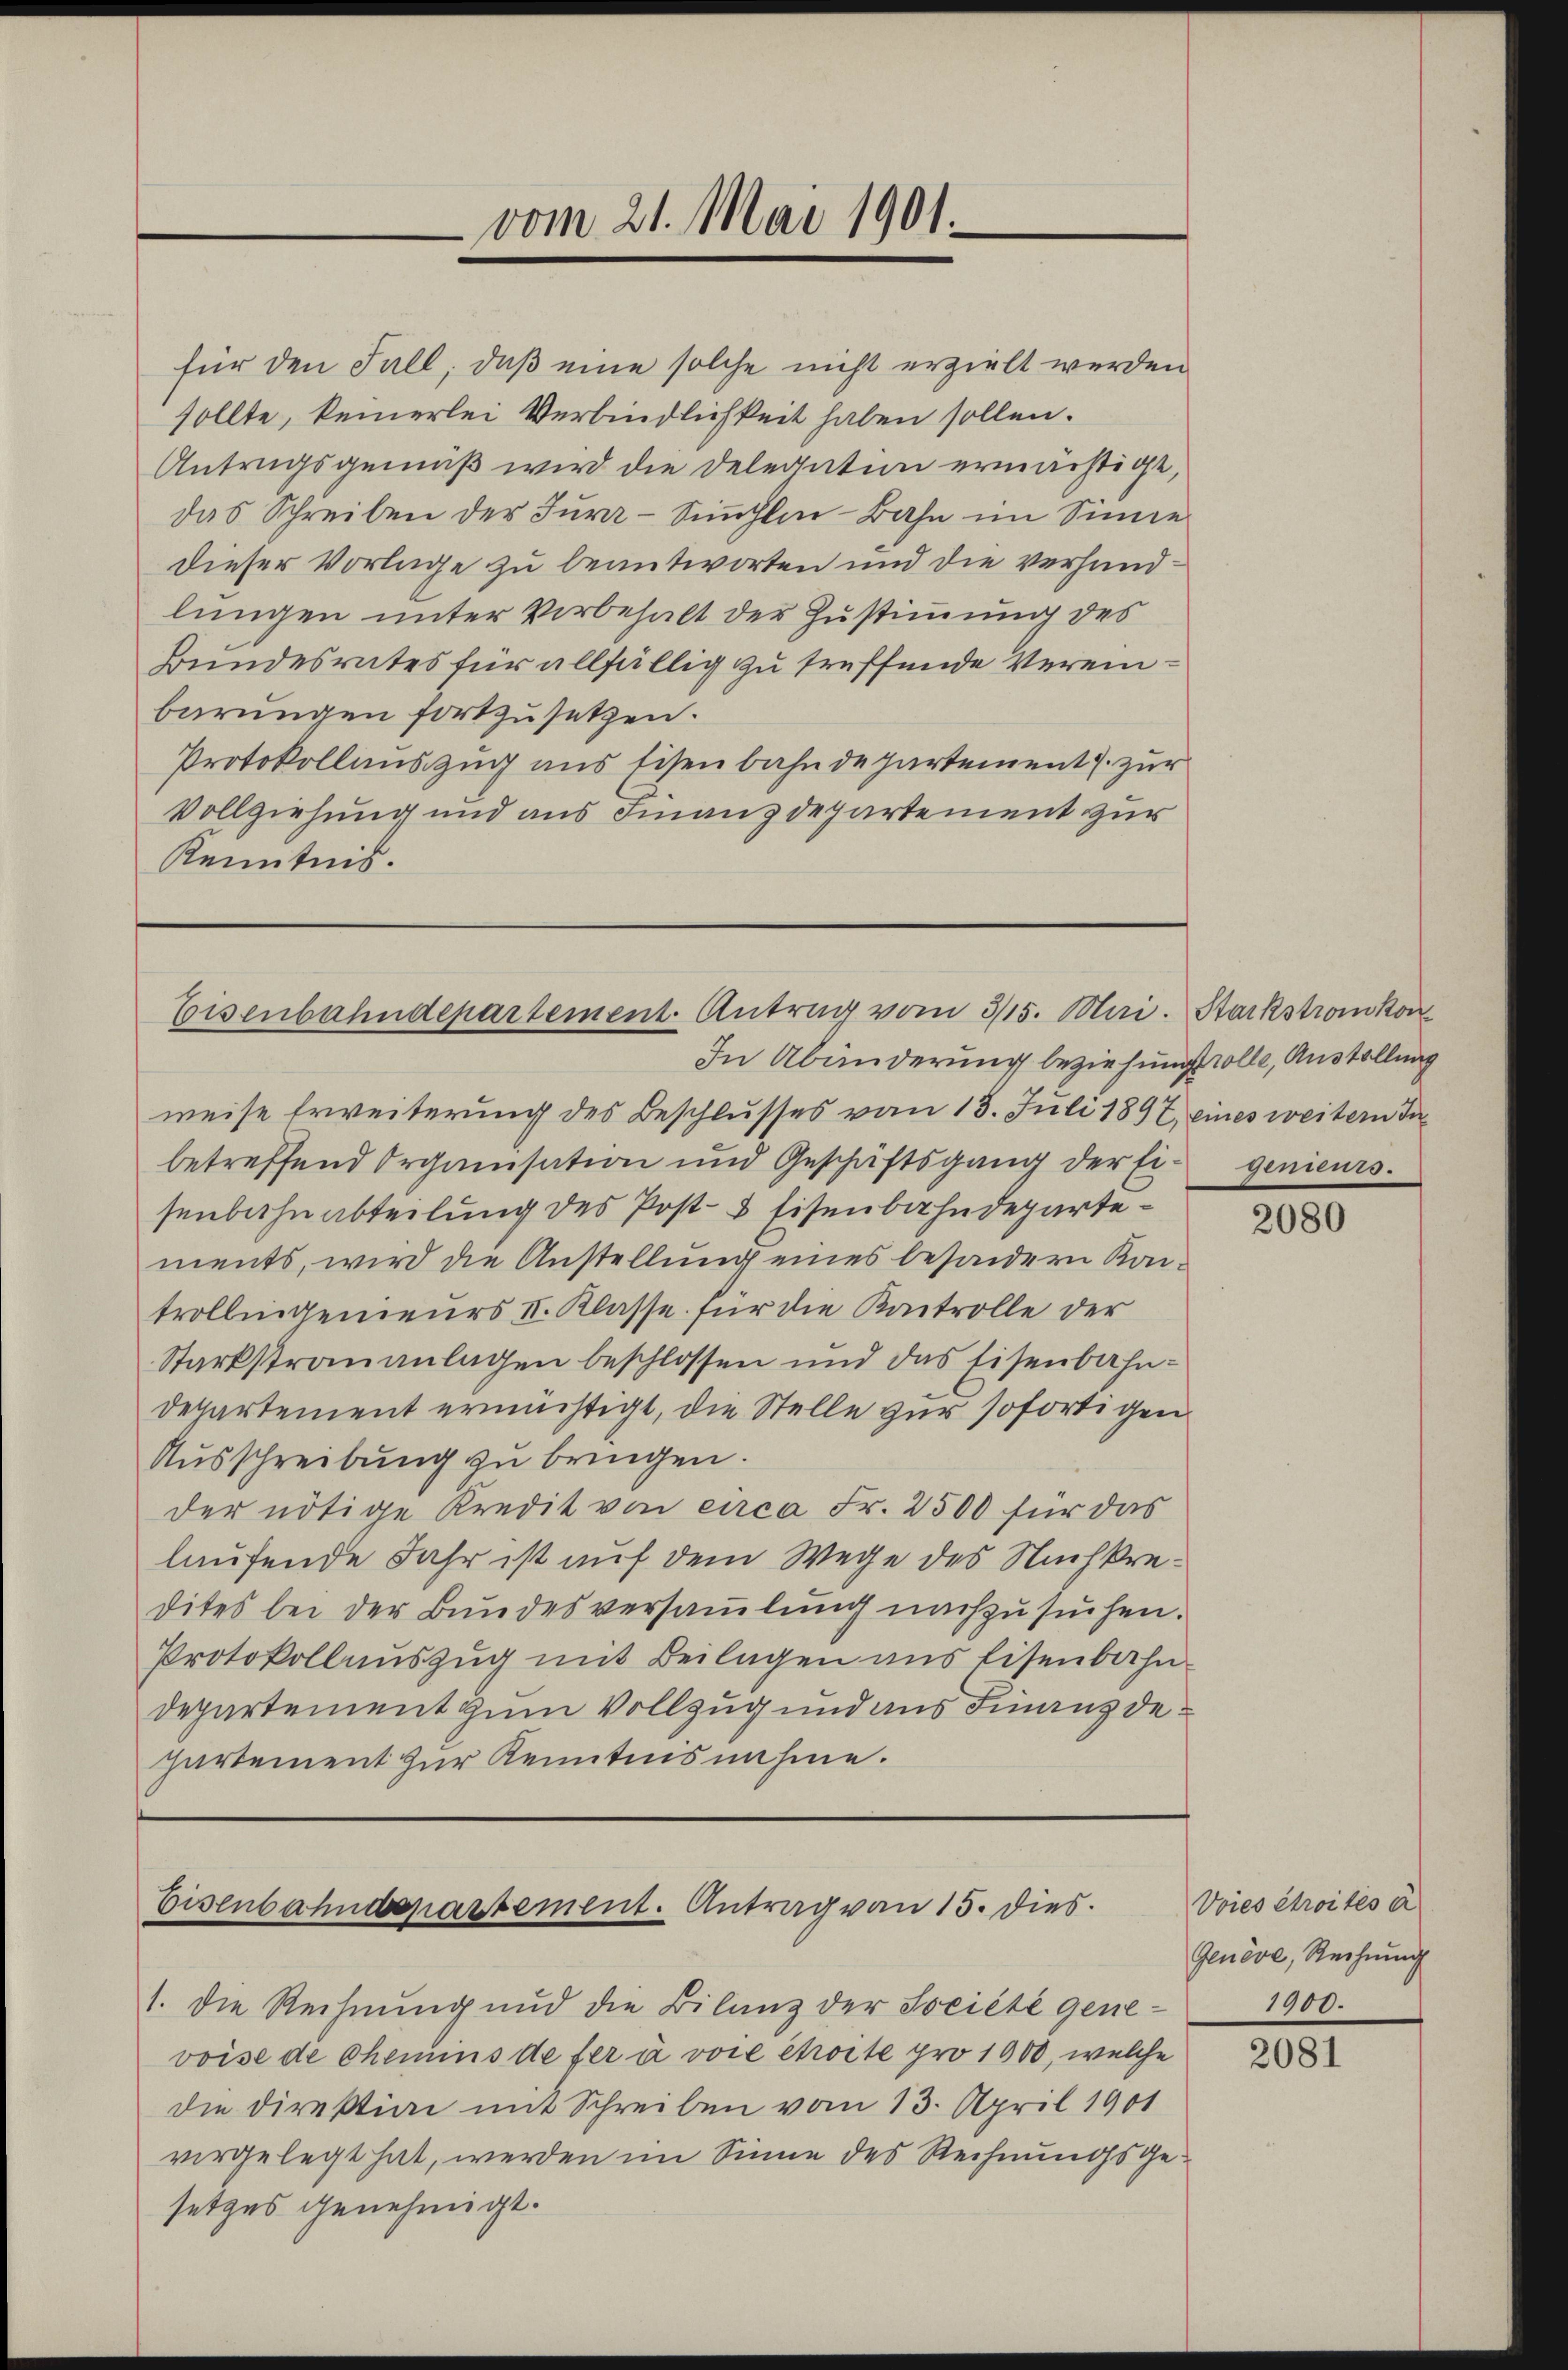
vom 21. Mai 1901.

für den Fall, daß eine solche nicht erzielt werden
sollte, keinerlei Verbindlichkeit haben sollen.
Antragsgemäß wird die Delegation ermächtigt,
das Schreiben der Jura-Sinhlin-Bahn im Sinne
dieser Vorlage zu beantworten und die verhandlungen unter Vorbehalt der Zustimmung des
Bundesrates für allfällig zu treffende Vereinbarungen fortzusetzen.
Protokollauszug aus Eisenbahndepartement J. zur
Vollziehung und aus Finanzdepartement zur
Kenntnis.

Eisenbahndepartement. Antrag vom 315. Mai. Starkstromkon
In Abänderung beziehung solle, Austellung

weise Erweiterung des Beschlusses vom 13. Juli 1897, eines weitern In
betreffend Organisation und Geschäftsgang der Ei- genieurs.
senbahnabteilung des Post- & Eisenbahndepartements, wird die Anstellung eines besondern Kantrollingenieurs II. Klasse für die Kontrolle der
Starkstrauanlagen beschlossen und das Eisenbahn¬
Departement ermächtigt, die Stelle zur sofortigen
Ausschreibung zu bringen.
der nötige Kredit von circa Fr. 2500 für das
laufende Jahr ist auf dem Wege des Nachkredites bei der Bundesversammlung nachzusuchen.
Protokollauszug mit Beilagen ans Eisenbahn-
departement zum Vollzug und aus Finanzdehartement zur Kenntnisnahme.

Eisenbahndepartement. Antrag von 15. dies

1. Die Rechnung und die Bilanz der Société gene-
voise de Chemins de fer à voie choite pro 1900, welche
die Direktion mit Schreiben vom 13. April 1901
vergelegt hat, werden im Sinne des Rechnungsgesetzes genehmigt.

2080

Voies étroités e
Genève, Rechnung
1900.

2081